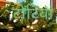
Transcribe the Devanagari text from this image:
टोंटियां